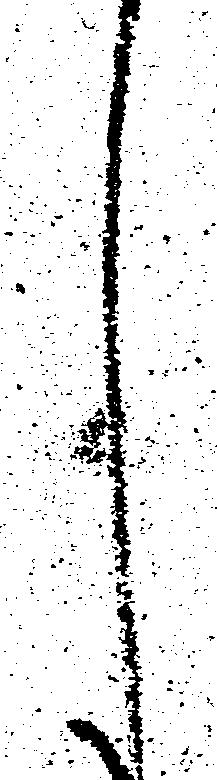
し